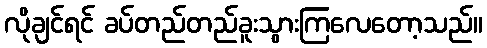
လိုချင်ရင် ခပ်တည်တည်ခူးသွားကြလေတော့သည်။